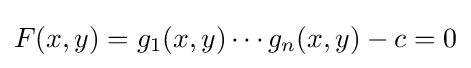
F(x,y)=g_{1}(x,y)\cdots g_{n}(x,y)-c=0